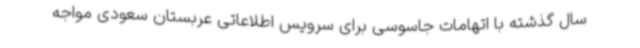
سال گذشته با اتهامات جاسوسی برای سرویس اطلاعاتی عربستان سعودی مواجه